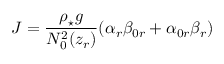
J = \frac { \rho _ { \star } g } { N _ { 0 } ^ { 2 } ( z _ { r } ) } ( \alpha _ { r } \beta _ { 0 r } + \alpha _ { 0 r } \beta _ { r } )